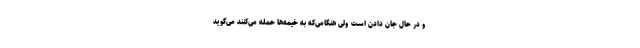
و در حال جان دادن است ولی هنگامی‌که به خیمه‌ها حمله می‌کنند می‌گوید